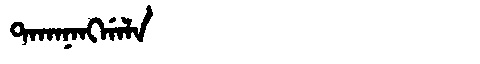
Manchu: ᡨᠠᡴᠠᠨᠠᠩᡤᠠᠯᠠ
Romanization: TAKANANGGALA